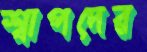
শ্বাপদের